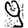
Digit: 9